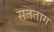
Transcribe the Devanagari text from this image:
सतताग